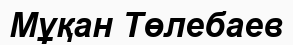
Мұқан Төлебаев